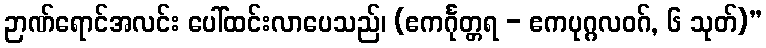
ဉာဏ်ရောင်အလင်း ပေါ်ထင်းလာပေသည်၊ (ဧကင်္ဂုတ္တရ - ဧကပုဂ္ဂလဝဂ်, ၆ သုတ်)”